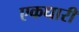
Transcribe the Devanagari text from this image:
एकधारी